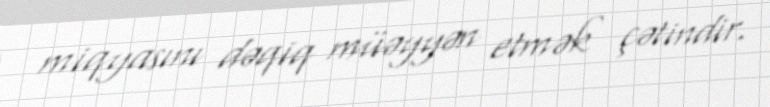
miqyasını dəqiq müəyyən etmək çətindir.